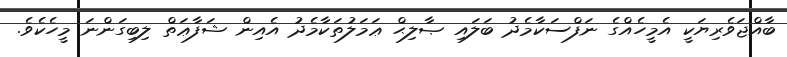
ބާއްޖަވެރިޔަކީ އެމީހެއްގެ ނަފްސަކާމެދު ބަލައި ޞާލިޙް ޢަމަލުތަކާމެދު އެއިން ޝަފާޢަތް ލިބިގަންނަ މީހެކެވެ.